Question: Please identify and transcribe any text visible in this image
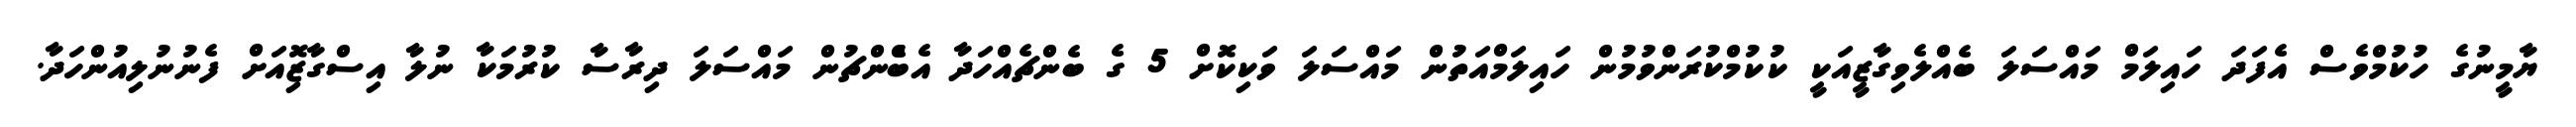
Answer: ޔާމީނުގެ ހުކުމްވެސް އެފަދަ ހައިލަމް މައްސަލަ ބެއްލެވިގާޒީއަކީ ކުކުމްކުރަންވުމުން ހައިލަމްއަތުން މައްސަލަ ވަކިކޮށް 5 ގެ ބެންޗެއްހަދާ އެބްެންޗުން މައްސަލަ ދިރާސާ ކުރުމަކާ ނުލާ އިސްގާޒޮިއަށް ފެނުނުލިއުންހަދާ.